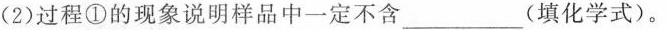
(2)过程①的现象说明样品中一定不含___(填化学式)。